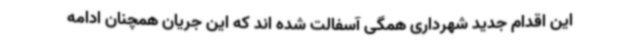
این اقدام جدید شهرداری همگی آسفالت شده اند که این جریان همچنان ادامه